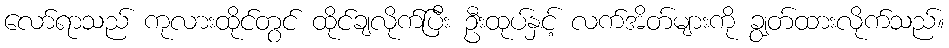
လော်ရာသည် ကုလားထိုင်တွင် ထိုင်ချလိုက်ပြီး ဦးထုပ်နှင့် လက်အိတ်များကို ချွတ်ထားလိုက်သည်။